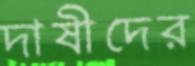
দাষীদের